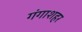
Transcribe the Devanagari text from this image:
गंगाशहर